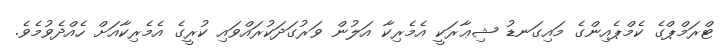
ޓްރަމްޕްގެ ކެމްޕެއިންގެ މައިގަނޑު ޝިޢާރަކީ އެމެރިކާ އަލުން ވަރުގަދަކުރައްވައި ކުރީގެ އެމެރިކާއަށް ހެއްދެވުމެވެ.